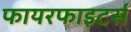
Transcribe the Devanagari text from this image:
फायरफाइटर्स